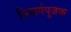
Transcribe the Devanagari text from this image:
निसर्गपुजक